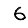
Digit: 6